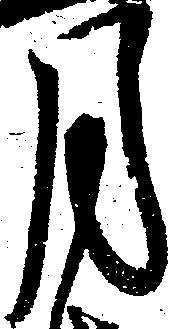
月